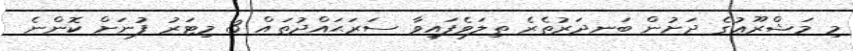
މި މަޝްރޫޢުގެ ދަށުން ބަނދަރުތެރެ ތިލަވެފައިވާ ސަރަޙައްދުތައް 3 މިޓަރު ފުނަށް ކޮންނެ